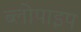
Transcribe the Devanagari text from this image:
ब्लोपाइप